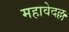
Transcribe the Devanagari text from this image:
महावेदल्ल